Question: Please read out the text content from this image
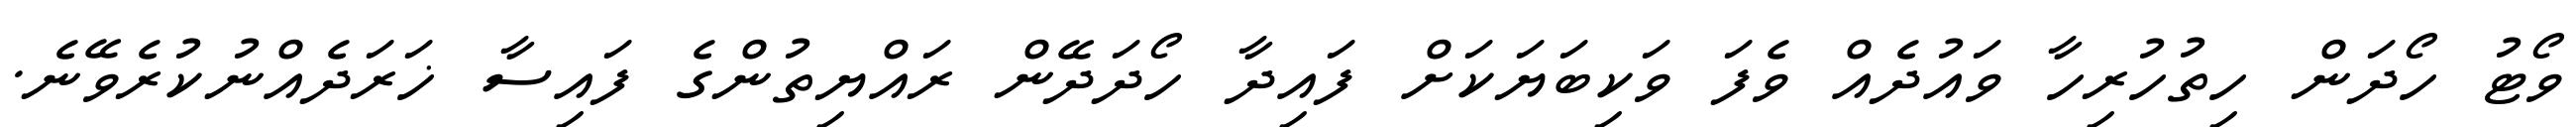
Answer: ވޯޓު ހޯދަން ހިތުހުރިހާ ވައުދެއް ވެފަ ވަކިބަޔަކަށް ފައިދާ ހޯދަދޭން ރައްޔިތުންގެ ފައިސާ ޚަރަދެއްނުކުރެވޭނެ.